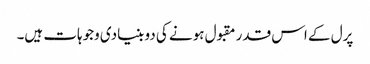
پرل کے اس قدر مقبول ہونے کی دو بنیادی وجوہات ہیں۔